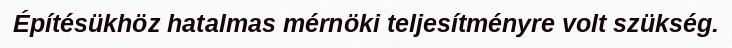
Építésükhöz hatalmas mérnöki teljesítményre volt szükség.